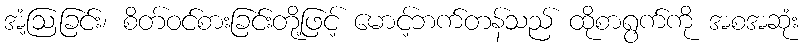
အံ့ဩခြင်း၊ စိတ်ဝင်စားခြင်းတို့ဖြင့် မောင့်ဘက်တန်သည် ထိုစာရွက်ကို အစအဆုံး